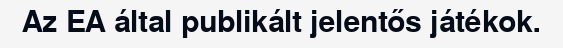
Az EA által publikált jelentős játékok.